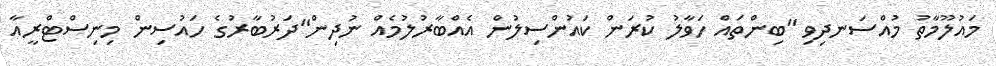
މައުލޫމާތު މުއްސަނދިވި "ބިންތައް ހަވާލު ކުރަން ކައުންސިލުން އެއްބާރުލުމެއް ނުދިން"ދަރުބާރުގެ ހައުސިން މިނިސްޓްރީއާ